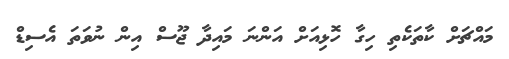
މައްޗަށް ކާތަކެތި ހިގާ ހޮޅިއަށް އަންނަ މައިދާ ޖޫސް އިން ނުވަތަ އެސިޑް